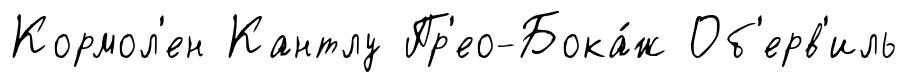
Кормол'ен Кантлу Пр'ео-Бока́ж Об'ерв'иль